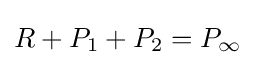
R+P_{1}+P_{2}=P_{\infty }